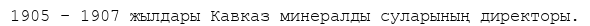
1905 – 1907 жылдары Кавказ минералды суларының директоры.